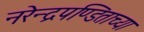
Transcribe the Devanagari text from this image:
नरेन्द्रपण्डिताच्या